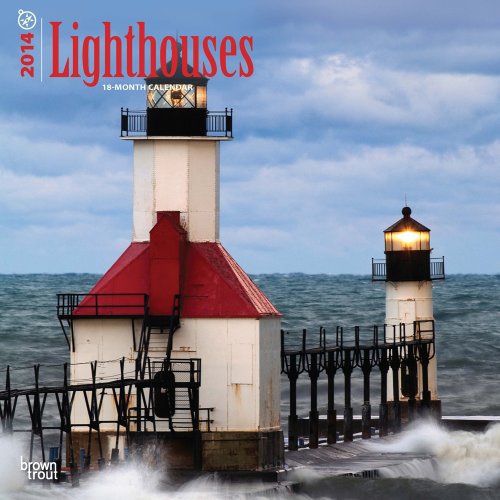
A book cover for Lighthouses Calendar (Multilingual Edition); Calendars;